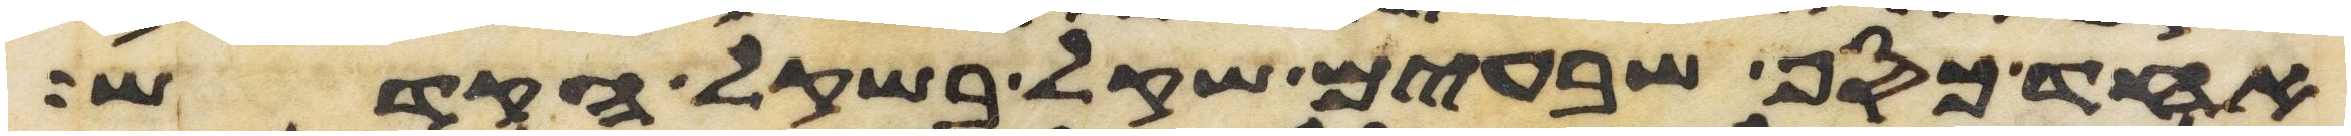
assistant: אחד כסף שבעים שקל בשקל הקדש